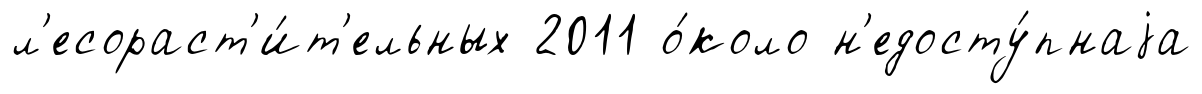
л'есораст'и́т'ельных 2011 о́коло н'едосту́пнаjа